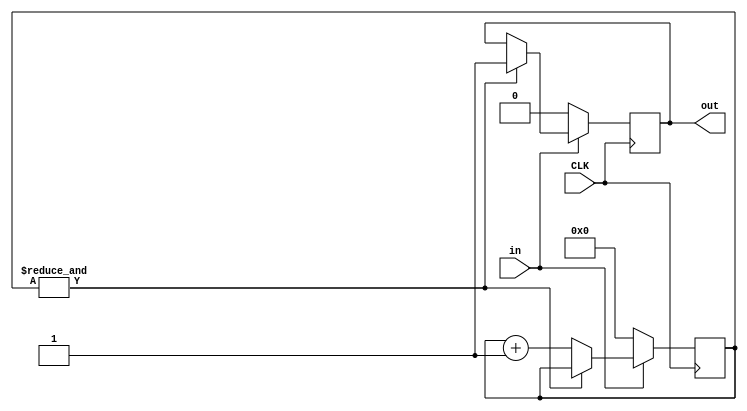
`timescale 1ns / 1ps
/*
 * This software is Copyright (c) 2016 Denis Burykin
 * [denis_burykin yahoo com], [denis-burykin2014 yandex ru]
 * and it is hereby released to the general public under the following terms:
 * Redistribution and use in source and binary forms, with or without
 * modification, are permitted.
 *
 */

//
// After 'in' is asserted for about 2**NBITS cycles,
// 'out' gets asserted.
// Deassertion of 'in' resets the counter and
// deasserts 'out' in 1 cycle.
//
module delay #(
	parameter [0:0] INIT = 0,
	parameter NBITS = 4,
	parameter CMP_NUM_MSBITS = 4
	)(
	input CLK,
	input in,
	output reg out = INIT
	);

	localparam CMP_NUM_BITS = NBITS > CMP_NUM_MSBITS ? CMP_NUM_MSBITS : NBITS;

	reg [NBITS-1:0] counter = {NBITS{INIT}};

	always @(posedge CLK)
		if (~in) begin
			counter <= 0;
			out <= 0;
		end
		else if (&counter[NBITS-1 -:CMP_NUM_BITS])
			out <= 1;
		else
			counter <= counter + 1'b1;

endmodule